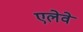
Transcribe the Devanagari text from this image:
एलेवे